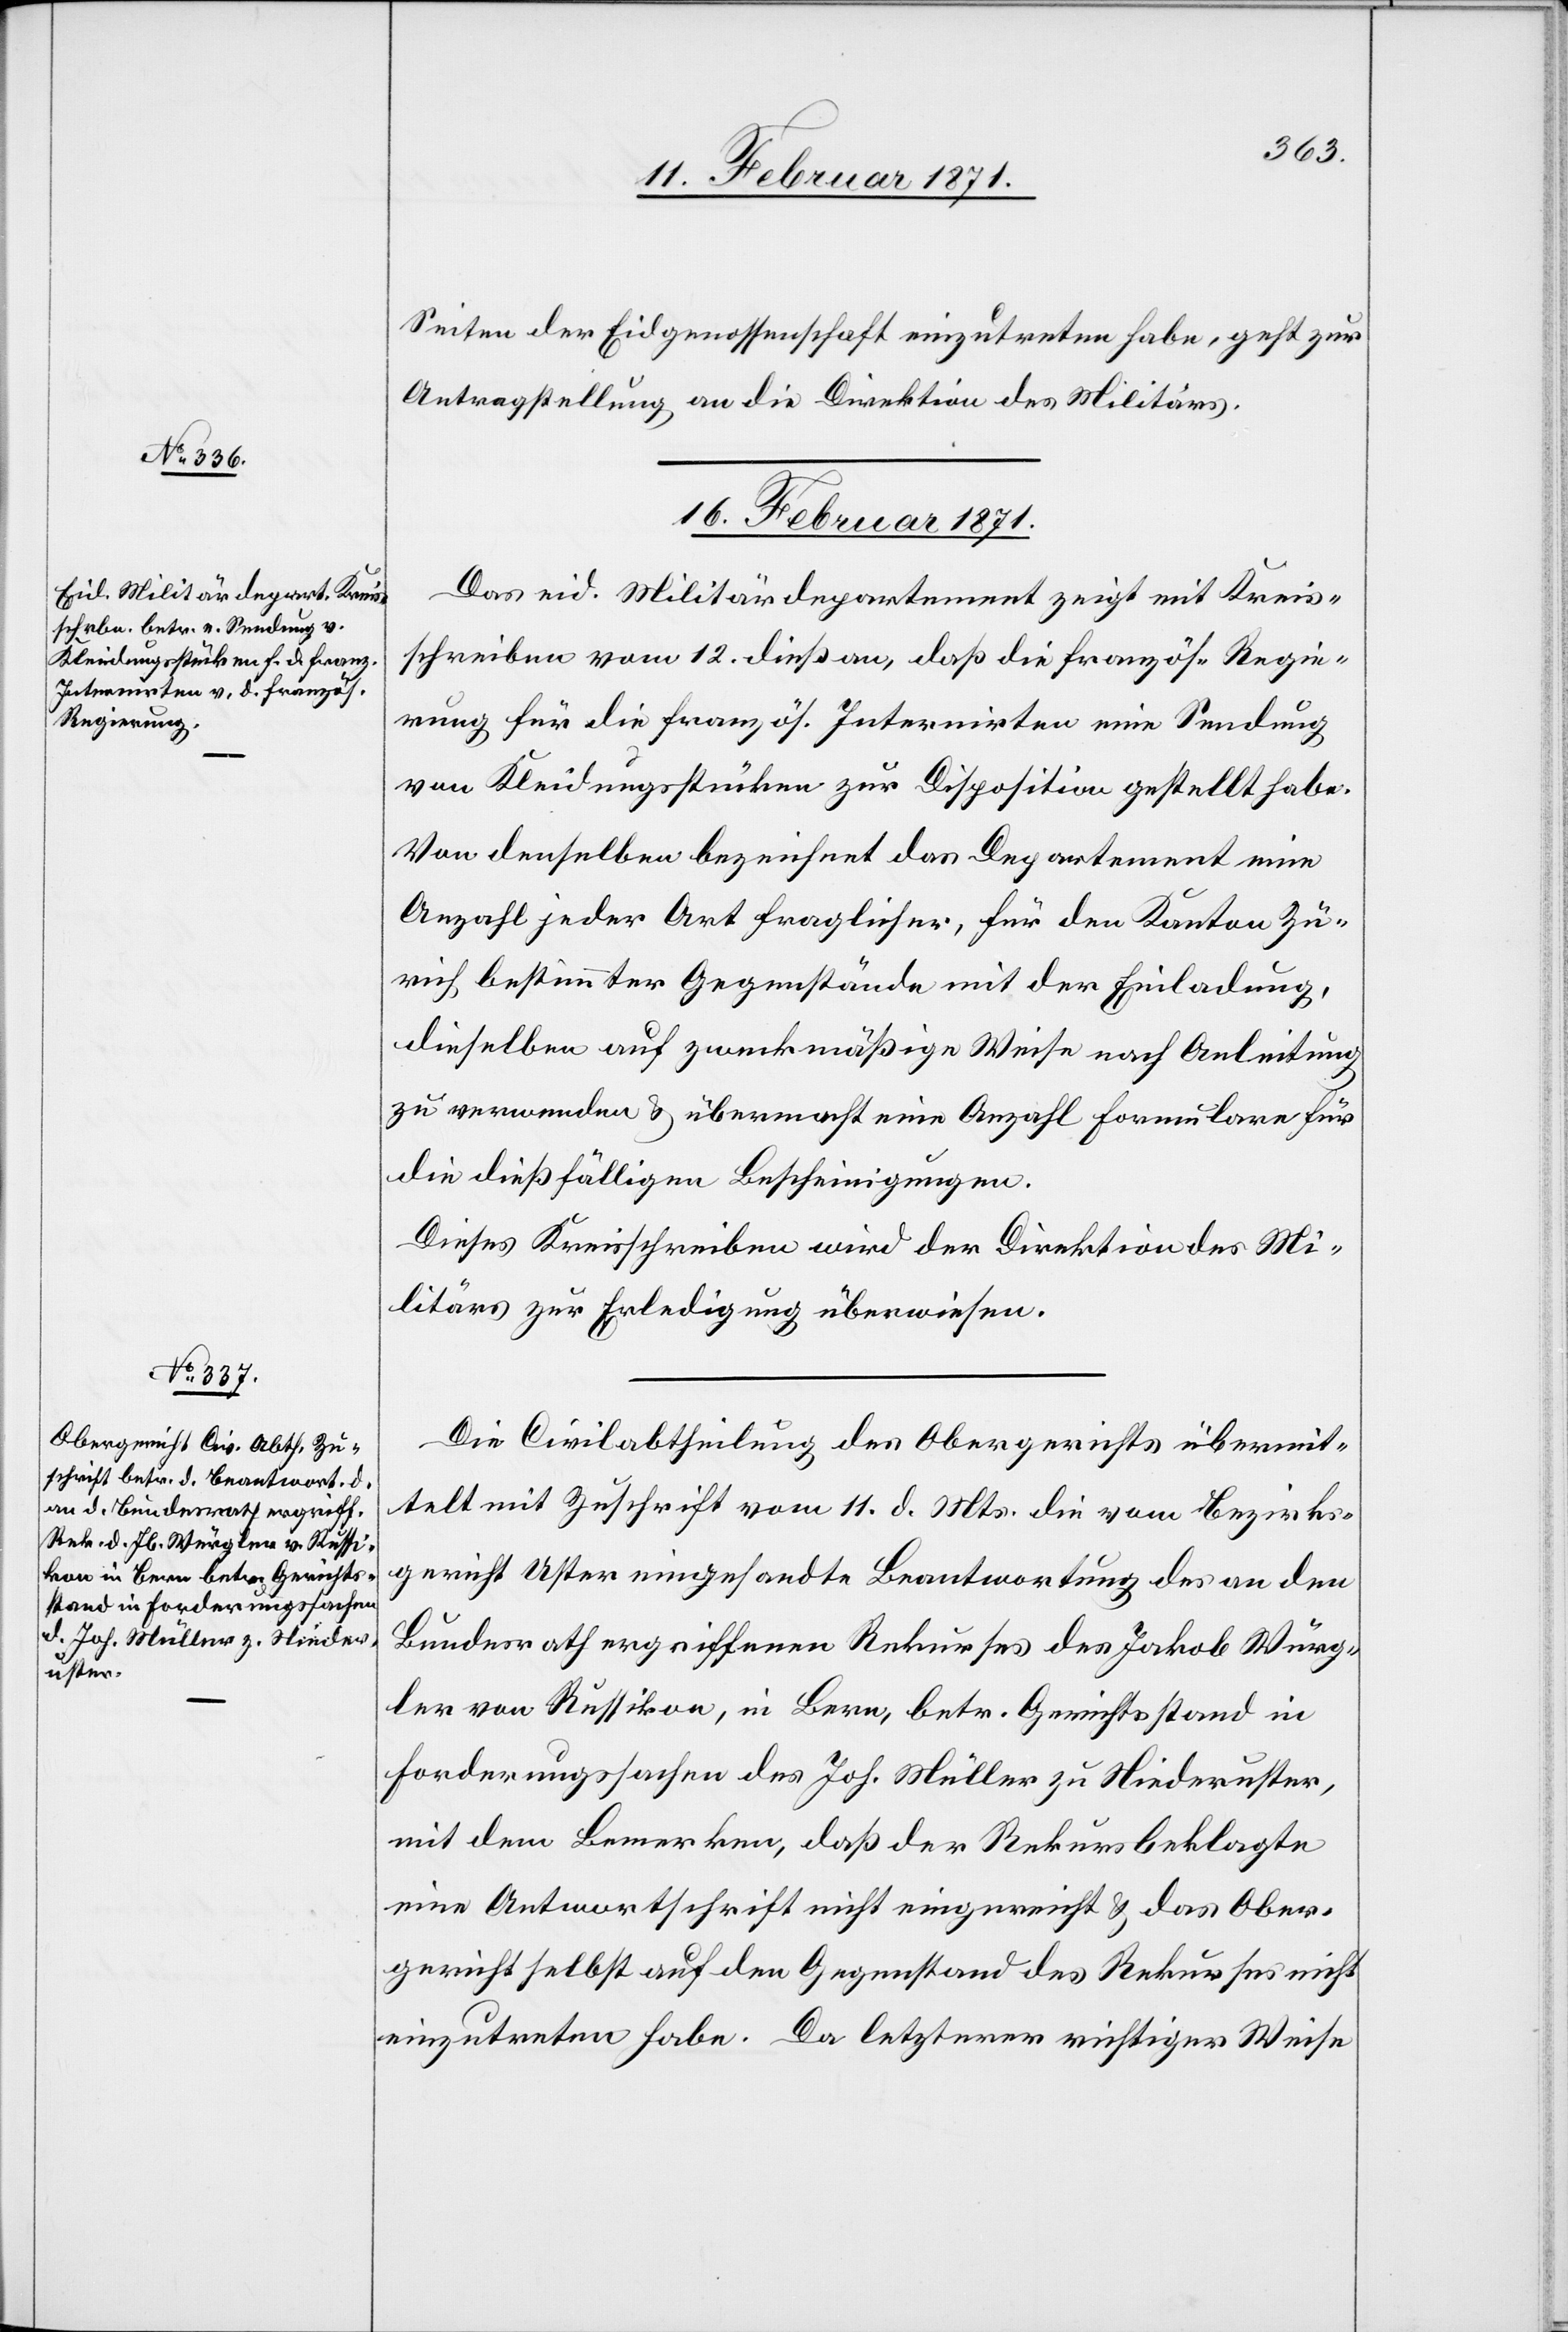
Seiten der Eidgenossenschaft einzutreten habe, geht zur
Antragstellung an die Direktion des Militärs.
16. Februar 1871.]
Das eid. Militärdepartement zeigt mit Kreis¬
schreiben vom 12. dieß an, daß die französ. Regie¬
rung für die französ. Internirten eine Sendung
von Kleidungsstücken zur Disposition gestellt habe.
Von denselben bezeichnet das Departement eine
Anzahl jeder Art fraglicher, für den Kanton Zü¬
rich bestimmter Gegenstände mit der Einladung,
dieselben auf zweckmäßige Weise nach Anleitung
zu verwenden u. übermacht eine Anzahl Formulare für
die dießfälligen Bescheinigungen.
Dieses Kreisschreiben wird der Direktion des Mi¬
litärs zur Erledigung überwiesen.
Die Civilabtheilung des Obergerichts übermit¬
telt mit Zuschrift vom 11. d. Mts. die vom Bezirks¬
gericht Uster eingesandte Beantwortung des an den
Bundesrath ergriffenen Rekurses des Jakob Würg¬
ler von Russikon, in Bern, betr. Gerichtsstand in
Forderungssachen des Joh. Müller zu Niederuster,
mit dem Bemerken, daß der Rekursbeklagte
eine Antwortschrift nicht eingereicht u. das Ober¬
gericht selbst auf den Gegenstand des Rekurses nicht
einzutreten habe. Da letzterer richtiger Wiese